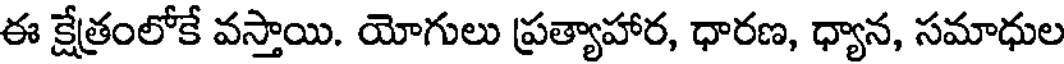
ఈ క్షేత్రంలోకే వస్తాయి. యోగులు ప్రత్యాహార, ధారణ, ధ్యాన, సమాధుల